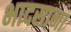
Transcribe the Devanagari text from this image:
भादसाना